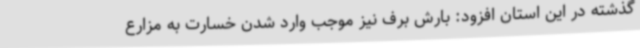
گذشته در این استان افزود: بارش برف نیز موجب وارد شدن خسارت به مزارع